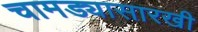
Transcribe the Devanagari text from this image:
चामड्यासारखी